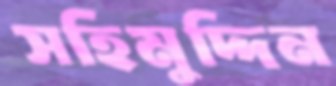
সহিমুদ্দিন